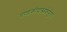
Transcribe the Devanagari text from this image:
चण्डकोपास्त्रकेर्युता।